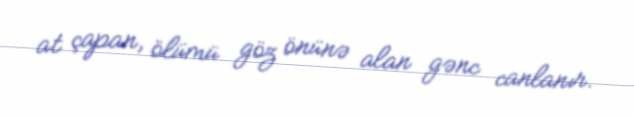
at çapan, ölümü göz önünə alan gənc canlanır.